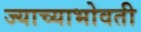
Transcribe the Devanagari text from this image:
ज्याच्याभोवती